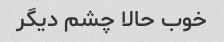
خوب حالا چشم دیگر